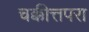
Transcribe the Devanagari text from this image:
चक्कीत्तपरा